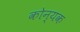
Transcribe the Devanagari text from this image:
कोन्यक